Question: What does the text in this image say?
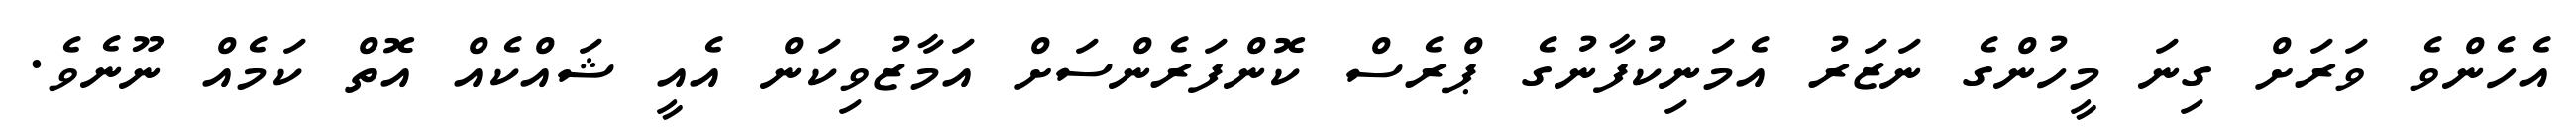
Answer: އެހެންވެ ވަރަށް ގިނަ މީހުންގެ ނަޒަރު އެމަނިކުފާނުގެ ޕްރެސް ކޮންފަރެންސަށް އަމާޒުވިކަން އެއީ ޝައްކެއް އޮތް ކަމެއް ނޫނެވެ.